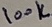
Text: 100K